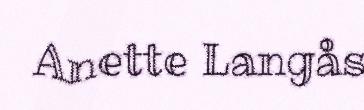
Anette Langås